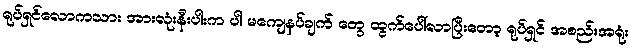
ရုပ်ရှင်လောကသား အားလုံးနီးပါးက ပါ မကျေနပ်ချက် တွေ ထွက်ပေါ်လာပြီးတော့ ရုပ်ရှင် အစည်းအရုံး